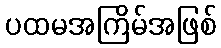
ပထမအကြိမ်အဖြစ်